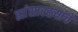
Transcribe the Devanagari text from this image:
ह्यांसारख्यांचे